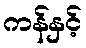
ကန်နှင့်